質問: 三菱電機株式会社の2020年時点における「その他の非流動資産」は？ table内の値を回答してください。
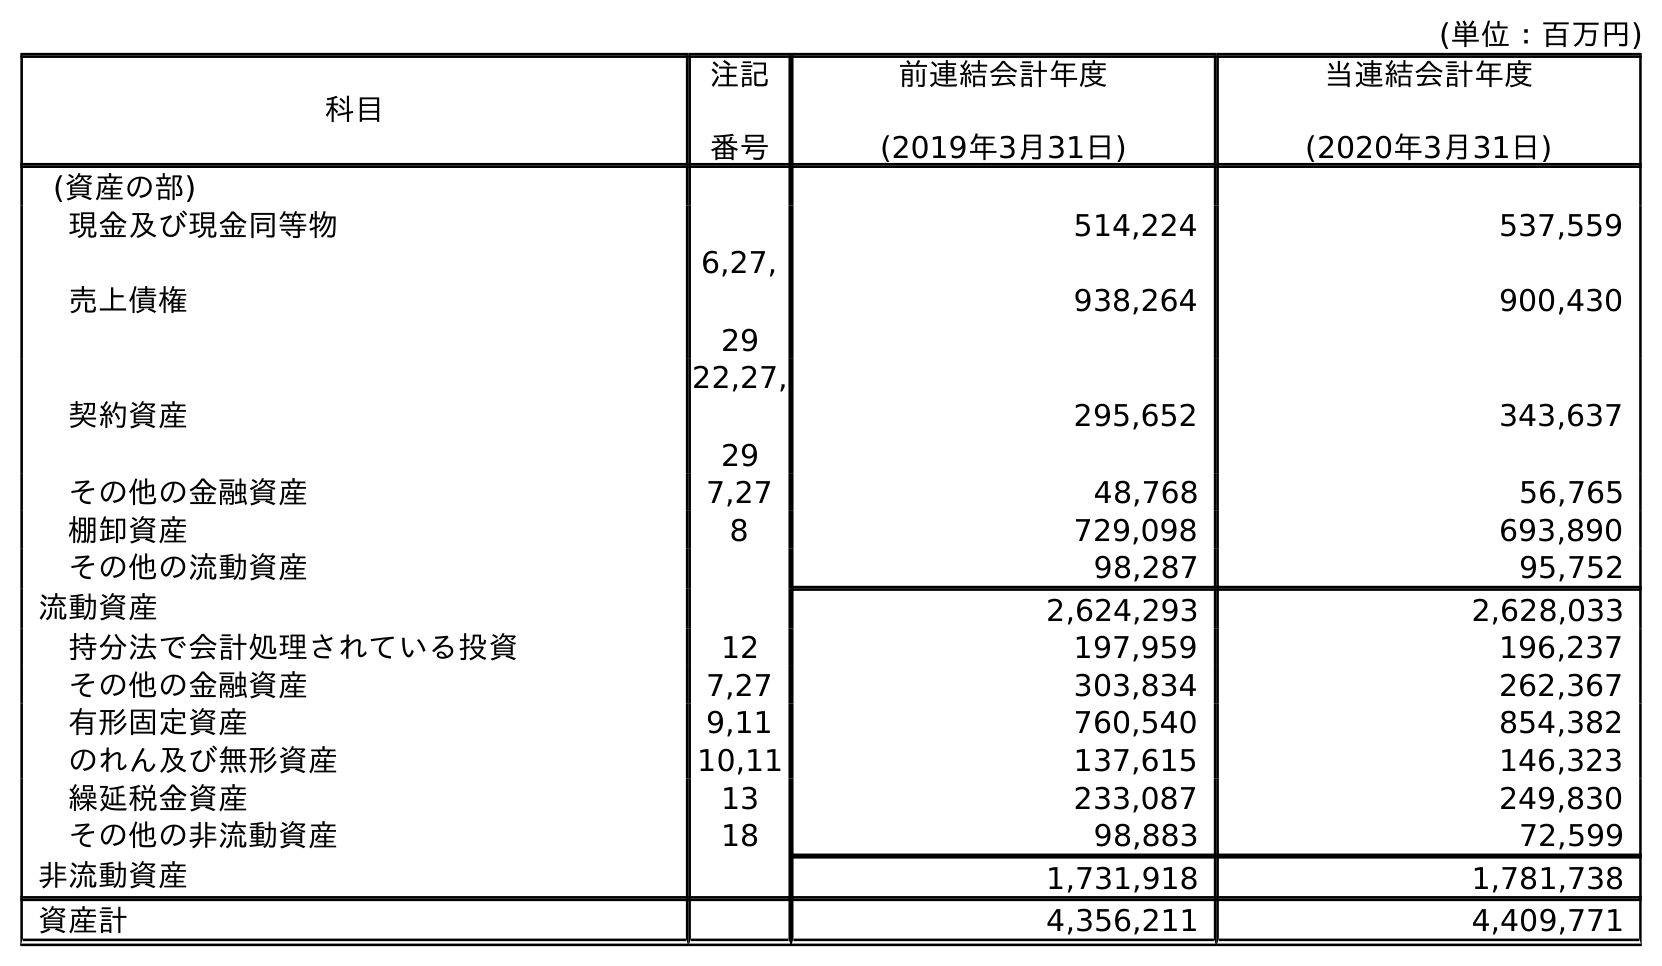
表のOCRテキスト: (単位：百万円) 科目 注記 番号 前連結会計年度 (2019年3月31日) 当連結会計年度 (2020年3月31日) (資産の部) 現金及び現金同等物 514,224 537,559 売上債権 6,27, 29 938,264 900,430 契約資産 22,27, 29 295,652 343,637 その他の金融資産 7,27 48,768 56,765 棚卸資産 8 729,098 693,890 その他の流動資産 98,287 95,752 流動資産 2,624,293 2,628,033 持分法で会計処理されている投資 12 197,959 196,237 その他の金融資産 7,27 303,834 262,367 有形固定資産 9,11 760,540 854,382 のれん及び無形資産 10,11 137,615 146,323 繰延税金資産 13 233,087 249,830 その他の非流動資産 18 98,883 72,599 非流動資産 1,731,918 1,781,738 資産計 4,356,211 4,409,771
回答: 72,599